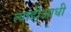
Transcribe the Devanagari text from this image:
त्याहीआधी